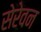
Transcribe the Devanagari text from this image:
सेरेवन